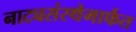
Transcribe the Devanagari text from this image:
नाट्यसंस्थेमार्फत